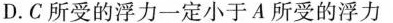
D.C所受的浮力一定小于A所受的浮力